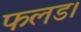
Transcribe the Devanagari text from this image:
फलड।